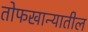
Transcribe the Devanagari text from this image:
तोफखान्यातील